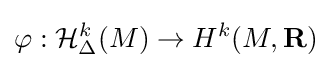
\varphi :{\mathcal {H}}_{\Delta }^{k}(M)\to H^{k}(M,\mathbf {R} )